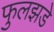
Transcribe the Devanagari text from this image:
फुलझडे